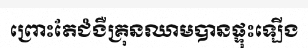
ព្រោះតែជំងឺគ្រុនឈាមបានផ្ទុះឡើង